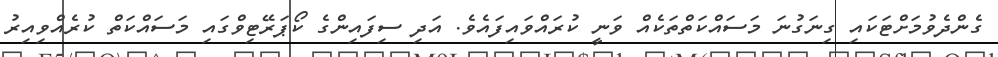
ގެންދެވުމަށްޓަކައި ގިނަގުނަ މަސައްކަތްތަކެއް ވަނީ ކުރައްވައިފައެވެ. އަދި ސިފައިންގެ ކޯޕަރޭޓިވްގައި މަސައްކަތް ކުރެއްވިއިރު